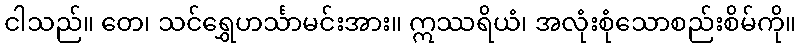
ငါသည်။ တေ၊ သင်ရွှေဟင်္သာမင်းအား။ ဣဿရိယံ၊ အလုံးစုံသောစည်းစိမ်ကို။